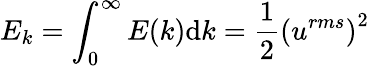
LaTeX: E_{k}=\int_{0}^{\infty}E(k)\mathrm{d}k=\frac{{1}}{{2}}\left(u^{rms}\right)^{2}